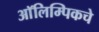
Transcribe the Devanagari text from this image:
आॅलिम्पिकचे